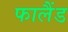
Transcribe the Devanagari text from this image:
फालैंड